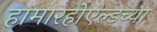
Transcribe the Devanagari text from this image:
हामारहोएल्डच्या